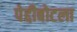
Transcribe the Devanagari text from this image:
पेद्दीबोटला